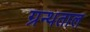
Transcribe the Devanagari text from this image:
ग्रन्थताल